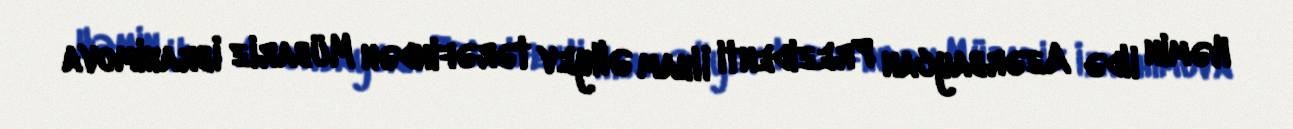
Həmin ildə Azərbaycan Prezidenti İlham Əliyev tərəfindən Mübariz İbrahimova